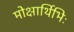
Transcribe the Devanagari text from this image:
मोक्षार्थिभिः